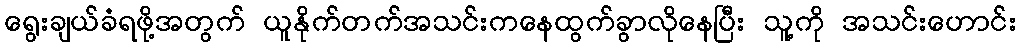
ရွေးချယ်ခံရဖို့အတွက် ယူနိုက်တက်အသင်းကနေထွက်ခွာလိုနေပြီး သူ့ကို အသင်းဟောင်း